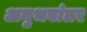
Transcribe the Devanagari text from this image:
अनुभवांतर